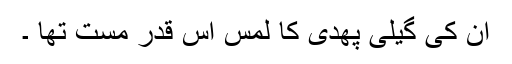
ان کی گیلی پھدی کا لمس اس قدر مست تھا ۔